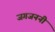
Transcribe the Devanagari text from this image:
जगजननी